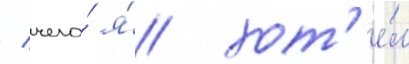
/ чего́ я́ хот'е́л